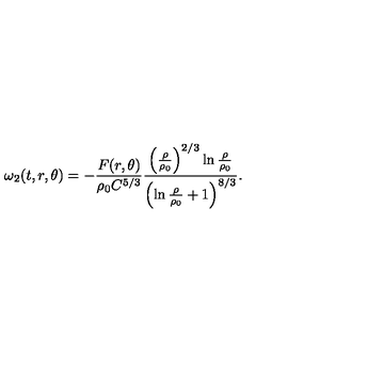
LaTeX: \omega _ { 2 } ( t , r , \theta ) = - \frac { F ( r , \theta ) } { \rho _ { 0 } C ^ { 5 / 3 } } \frac { \left( \frac { \rho } { \rho _ { 0 } } \right) ^ { 2 / 3 } \ln \frac { \rho } { \rho _ { 0 } } } { \left( \ln \frac { \rho } { \rho _ { 0 } } + 1 \right) ^ { 8 / 3 } } .